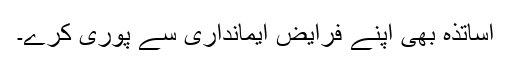
اساتذہ بھی اپنے فرایض ایمانداری سے پوری کرے۔